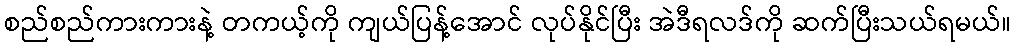
စည်စည်ကားကားနဲ့ တကယ့်ကို ကျယ်ပြန့်အောင် လုပ်နိုင်ပြီး အဲဒီရလဒ်ကို ဆက်ပြီးသယ်ရမယ်။